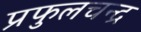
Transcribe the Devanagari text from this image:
प्रफुलचन्द्र